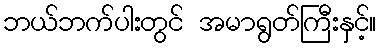
ဘယ်ဘက်ပါးတွင် အမာရွတ်ကြီးနှင့်။